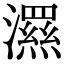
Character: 𭳗